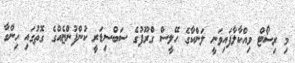
މި ރިސޯޓް ވިއްކާލާފައިވަނީ ލަންކާގެ ހޭލީސް ގްރޫޕުގެ ސަބްސިޑަރީ ކުންފުންޏެއްގެ ގޮތުގައި ހިންގާ